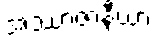
အဿာဇာနီယာ